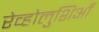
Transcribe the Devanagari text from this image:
रेव्होलुशिआँ